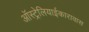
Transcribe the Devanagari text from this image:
ऑस्ट्रेलियाईकारावास